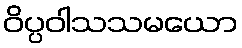
ဝိပ္ပဝါသသမယော